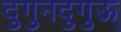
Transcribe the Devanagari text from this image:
दुगुनदुगुऊ